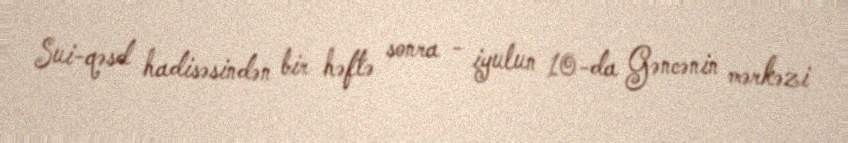
Sui-qəsd hadisəsindən bir həftə sonra - iyulun 10-da Gəncənin mərkəzi